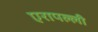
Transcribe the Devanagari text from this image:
एरापल्ली